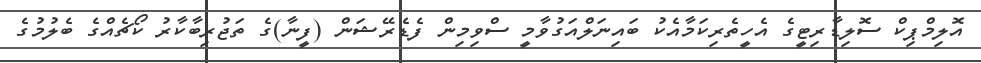
އޮލިމްޕިކް ސޮލިޑާރިޓީގެ އެހީތެރިކަމާއެކު ބައިނަލްއަގުވާމީ ސްވިމިން ފެޑެރޭޝަން (ފީނާ)ގެ ތަޖުރިބާކާރު ކޯޗެއްގެ ބެލުމުގެ